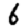
Digit: 6